Report of the Indian Hemp Drugs Commission, 1894-1895 - Volume IV
Year: 1894
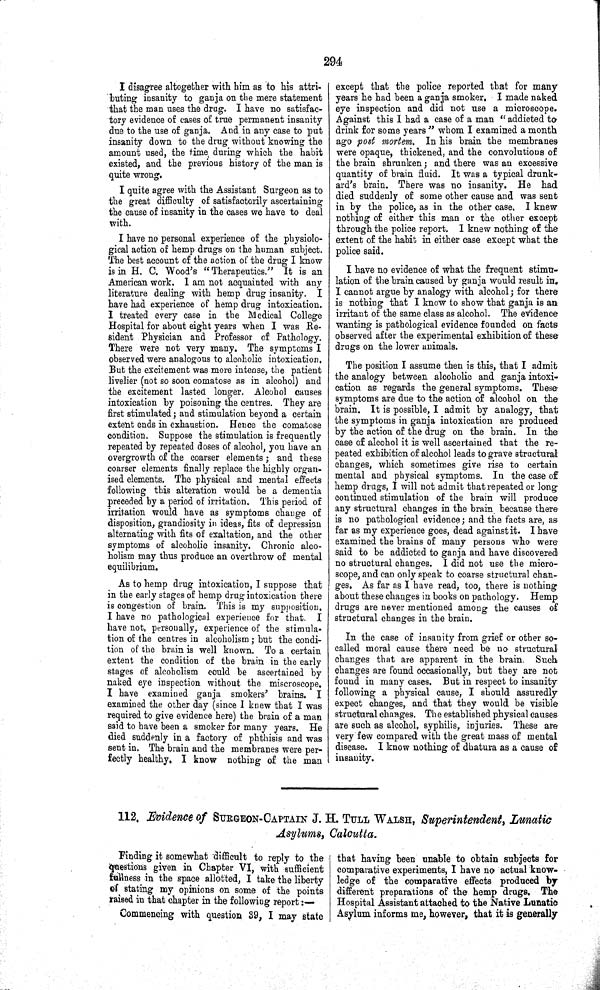
294
I disagree altogether with him as to his attri-
buting insanity to ganja on the mere statement
that the man uses the drug. I have no satisfac-
tory evidence of cases of true permanent insanity
due to the use of ganja. And in any case to put
insanity down to the drug without knowing the
amount used, the time during which the habit
existed, and the previous history of the man is
quite wrong.
I quite agree with the Assistant Surgeon as to
the great difficulty of satisfactorily ascertaining
the cause of insanity in the cases we have to deal
with.
I have no personal experience of the physiolo-
gical action of hemp drugs on the human subject.
The best account of the action of the drug I know
is in H. C. Wood's "Therapeutics." It is an
American work. I am not acquainted with any
literature dealing with hemp drug insanity. I
have had experience of hemp drug intoxication.
I treated every case in the Medical College
Hospital for about eight years when I was Re-
sident Physician and Professor of Pathology.
There were not very many. The symptoms I
observed were analogous to alcoholic intoxication.
But the excitement was more intense, the patient
livelier (not so soon comatose as in alcohol) and
the excitement lasted longer. Alcohol causes
intoxication by poisoning the centres. They are
first stimulated; and stimulation beyond a certain
extent ends in exhaustion. Hence the comatose
condition. Suppose the stimulation is frequently
repeated by repeated doses of alcohol, you have an
overgrowth of the coarser elements; and these
coarser elements finally replace the highly organ-
ised elements. The physical and mental effects
following this alteration would be a dementia
preceded by a period of irritation. This period of
irritation would have as symptoms change of
disposition, grandiosity in ideas, fits of depression
alternating with fits of exaltation, and the other
symptoms of alcoholic insanity. Chronic alco-
holism may thus produce an overthrow of mental
equilibrium.
As to hemp drug intoxication, I suppose that
in the early stages of hemp drug intoxication there
is congestion of brain. This is my supposition.
I have no pathological experience for that. I
have not, personally, experience of the stimula-
tion of the centres in alcoholism; but the condi-
tion of the brain is well known. To a certain
extent the condition of the brain in the early
stages of alcoholism could be ascertained by
naked eye inspection without the miscroscope.
I have examined ganja smokers' brains. I
examined the other day (since I knew that I was
required to give evidence here) the brain of a man
said to have been a smoker for many years. He
died suddenly in a factory of phthisis and was
sent in. The brain and the membranes were per-
fectly healthy. I know nothing of the man
except that the police reported that for many
years he had been a ganja smoker. I made naked
eye inspection and did not use a microscope.
Against this I had a case of a man "addicted to
drink for some years" whom I examined a month
ago post mortem. In his brain the membranes
were opaque, thickened, and the convolutions of
the brain shrunken; and there was an excessive
quantity of brain fluid. It was a typical drunk-
ard's brain. There was no insanity. He had
died suddenly of some other cause and was sent
in by the police, as in the other case. I knew
nothing of either this man or the other except
through the police report. I knew nothing of the
extent of the habit in either case except what the
police said.
I have no evidence of what the frequent stimu-
lation of the brain caused by ganja would result in.
I cannot argue by analogy with alcohol; for there
is nothing that I know to show that ganja is an
irritant of the same class as alcohol. The evidence
wanting is pathological evidence founded on facts
observed after the experimental exhibition of these
drugs on the lower animals.
The position I assume then is this, that I admit
the analogy between alcoholic and ganja intoxi-
cation as regards the general symptoms. These
symptoms are due to the action of alcohol on the
brain. It is possible, I admit by analogy, that
the symptoms in ganja intoxication are produced
by the action of the drug on the brain. In the
case of alcohol it is well ascertained that the re-
peated exhibition of alcohol leads to grave structural
changes, which sometimes give rise to certain
mental and physical symptoms. In the case of
hemp drugs, I will not admit that repeated or long
continued stimulation of the brain will produce
any structural changes in the brain because there
is no pathological evidence; and the facts are, as
far as my experience goes, dead against it. I have
examined the brains of many persons who were
said to be addicted to ganja and have discovered
no structural changes. I did not use the micro-
scope, and can only speak to coarse structural chan-
ges. As far as I have read, too, there is nothing
about these changes in books on pathology. Hemp
drugs are never mentioned among the causes of
structural changes in the brain.
In the case of insanity from grief or other so-
called moral cause there need be no structural
changes that are apparent in the brain. Such
changes are found occasionally, but they are not
found in many cases. But in respect to insanity
following a physical cause, I should assuredly
expect changes, and that they would be visible
structural changes. The established physical causes
are such as alcohol, syphilis, injuries. These are
very few compared with the great mass of mental
disease. I know nothing of dhatura as a cause of
insanity.
112. Evidence of SURGEON-CAPTAIN J. H. TULL WALSH, Superintendent, Lunatic
Asylums, Calcutta.
Finding it somewhat difficult to reply to the
questions given in Chapter VI, with sufficient
fullness in the space allotted, I take the liberty
of stating my opinions on some of the points
raised in that chapter in the following report:—
Commencing with question 39, I may state
that having been unable to obtain subjects for
comparative experiments, I have no actual know-
ledge of the comparative effects produced by
different preparations of the hemp drugs. The
Hospital Assistant attached to the Native Lunatic
Asylum informs me, however, that it is generally